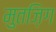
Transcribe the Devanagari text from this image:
मुतज़िग